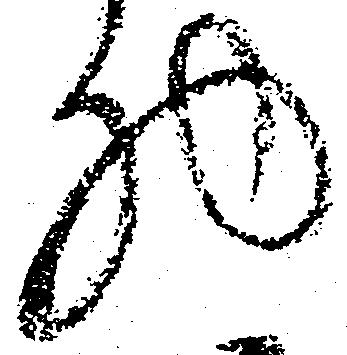
物